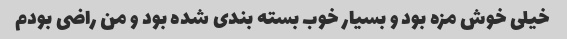
خیلی خوش مزه بود و بسیار خوب بسته بندی شده بود و من راضی بودم